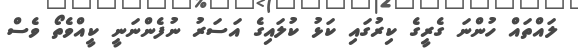
ލައްތައް ހުންނަ ގެރީގެ ކިރުގައި ކަޅު ކުލައިގެ އަސަރު ނުފެންނަނީ ކީއްވެތޯ ވެސް